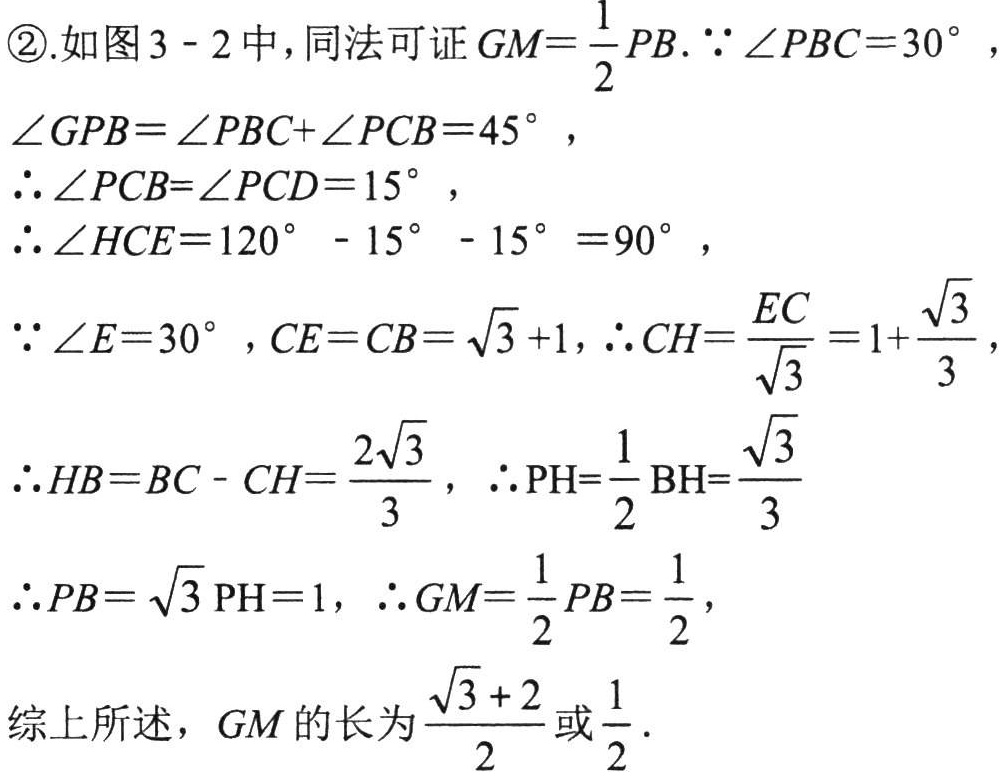
\textcircled{2}.如图3 - 2中，同法可证\(GM = \frac{1}{2}PB\). \(\because\angle PBC = 30^{\circ}\)，

\(\angle GPB=\angle PBC+\angle PCB = 45^{\circ}\)，

\(\therefore\angle PCB=\angle PCD = 15^{\circ}\)，

\(\therefore\angle HCE = 120^{\circ}-15^{\circ}-15^{\circ}=90^{\circ}\)，

\(\because\angle E = 30^{\circ}\)，\(CE = CB=\sqrt{3}+1\)，\(\therefore CH=\frac{EC}{\sqrt{3}} = 1+\frac{\sqrt{3}}{3}\)，

\(\therefore HB = BC - CH=\frac{2\sqrt{3}}{3}\)，\(\therefore PH=\frac{1}{2}BH=\frac{\sqrt{3}}{3}\)

\(\therefore PB=\sqrt{3}PH = 1\)，\(\therefore GM=\frac{1}{2}PB=\frac{1}{2}\)，

综上所述，\(GM\)的长为\(\frac{\sqrt{3}+2}{2}\)或\(\frac{1}{2}\).